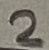
Text: 2